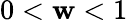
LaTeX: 0<\mathbf{w}<1